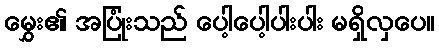
မွှေး၏ အပြုံးသည် ပေါ့ပေါ့ပါးပါး မရှိလှပေ။